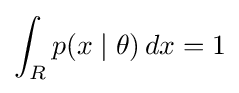
\int _{R}p(x\mid \theta )\,dx=1